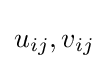
u_{ij},v_{ij}